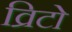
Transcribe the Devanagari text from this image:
व्रिटो